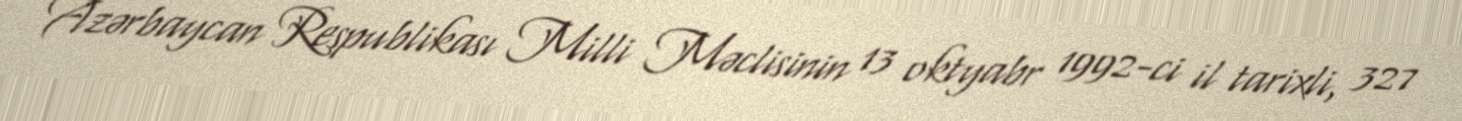
Azərbaycan Respublikası Milli Məclisinin 13 oktyabr 1992-ci il tarixli, 327